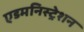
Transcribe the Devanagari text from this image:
एडमनिस्ट्रेशन